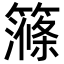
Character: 𥴽